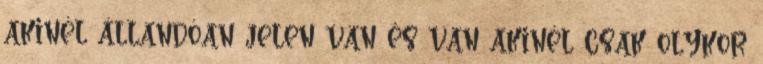
akinél állandóan jelen van és van akinél csak olykor